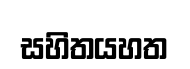
සහිතයහත